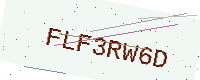
Text: FLF3RW6D